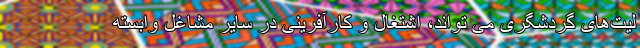
لیت‌های گردشگری می تواند، اشتغال و کارآفرینی در سایر مشاغل وابسته